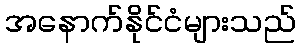
အနောက်နိုင်ငံများသည်